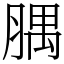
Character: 腢